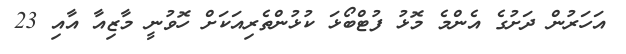
އަހަރުން ދަށުގެ އެންމެ މޮޅު ފުޓްބޯޅަ ކުޅުންތެރިއަކަށް ހޮވުނީ މާޒިއާ އާއި 23